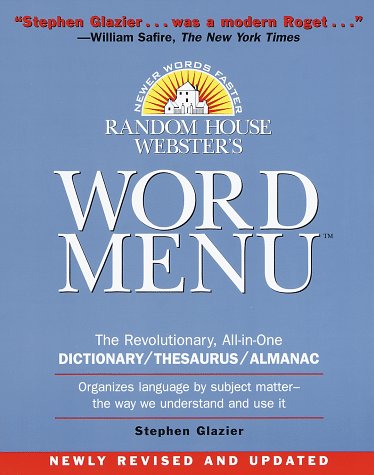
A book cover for Random House Webster's Word Menu (Random House Newer Words Faster); Stephen Glazier; Reference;